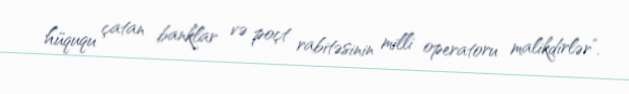
hüququ çatan banklar və poçt rabitəsinin milli operatoru malikdirlər”.